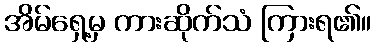
အိမ်ရှေ့မှ ကားဆိုက်သံ ကြားရ၏။